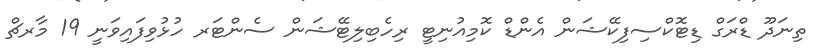
ތިނަދޫ ޑްރަގް ޑިޓޮކްސިފިކޭޝަން އެންޑް ކޮމިއުނިޓީ ރިހެބިލިޓޭޝަން ސެންޓަރ ހުޅުވިފައިވަނީ 19 މާރޗް